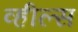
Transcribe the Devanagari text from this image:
व्‍हील्‍स